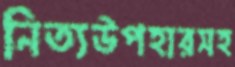
নিত্যউপহারসহ